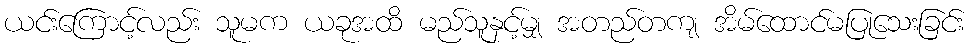
ယင်းကြောင့်လည်း သူမက ယခုအထိ မည်သူနှင့်မျှ အတည်တကျ အိမ်ထောင်မပြုသေးခြင်း